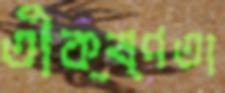
তীক্ষ্ণতা